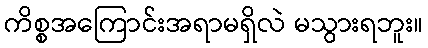
ကိစ္စအကြောင်းအရာမရှိလဲ မသွားရဘူး။